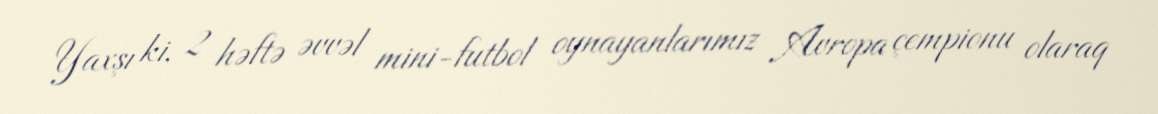
Yaxşı ki, 2 həftə əvvəl mini-futbol oynayanlarımız Avropa çempionu olaraq